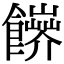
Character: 𩟑